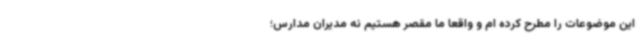
این موضوعات را مطرح کرده ام و واقعا ما مقصر هستیم نه مدیران مدارس؛